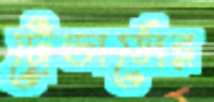
ট্রেডার্সের